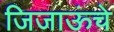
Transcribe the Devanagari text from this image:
जिजाऊंचे